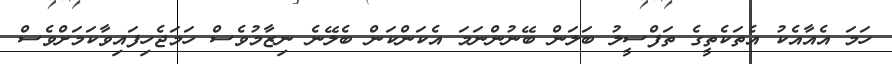
ހަމަ އެއާއެކު އެތަކެތީގެ ތަފްސީލު ބަލަން ބޭނުންނަމަ އެކަންކަން ބެލޭނެ ނިޒާމުވެސް ހަމަޖެހިފައިވާކަމަށްވެސް